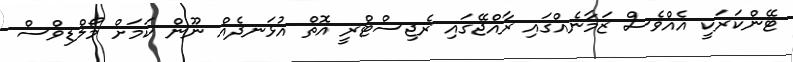
ޓޭންކަރަކީ އެއްވެސް ޒަމާނެއްގައި ރާއްޖޭގައި ރެޖިސްޓްރީ އޮތް އުޅަނދެއް ނޫން ކަމަށް މޯލްޑިވްސް